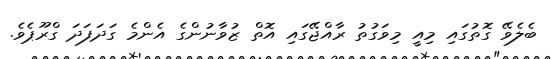
ބެލެވޭ ގޮތުގައި މިއީ މިވަގުތު ރާއްޖޭގައި އޮތް ޒުވާނުންގެ އެންމެ ގަދަފަދަ ގްރޫޕެވެ.